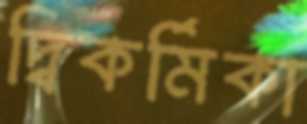
দ্বিকর্মিকা